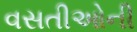
વસતીઓની